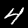
Label: 4